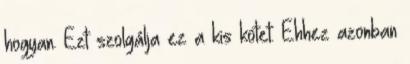
hogyan. Ezt szolgálja ez a kis kötet. Ehhez azonban